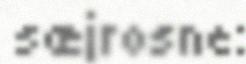
sæjrosne: